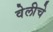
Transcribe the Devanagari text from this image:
वेलीचे